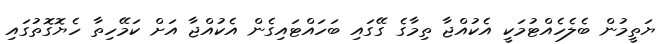
ޔަތީމުން ބެލެހެއްޓުމަކީ އެކުއްޖާ ތިމާގެ ގޭގައި ބަހައްޓައިގެން އެކުއްޖާ އަށް ކަމޭހިތާ ހެޔޮގޮތުގައި